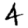
Digit: 4